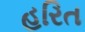
હરિત